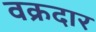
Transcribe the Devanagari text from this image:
वक्रदार